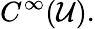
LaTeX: C^{\infty}(\mathcal{U}).